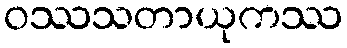
ဝဿသတာယုကဿ